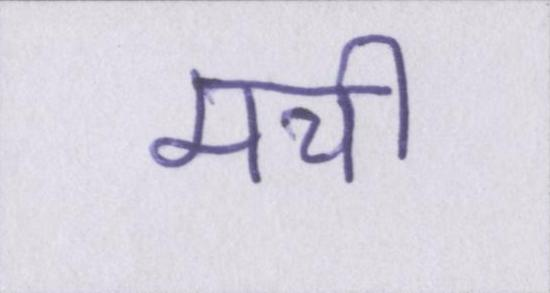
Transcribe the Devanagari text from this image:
मची